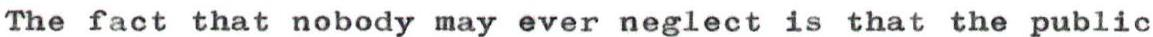
The fact that nobody may ever neglect is that the public